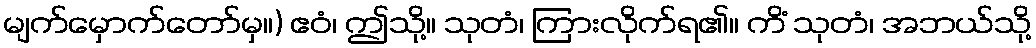
မျက်မှောက်တော်မှ။) ဧဝံ၊ ဤသို့။ သုတံ၊ ကြားလိုက်ရ၏။ ကိံ သုတံ၊ အဘယ်သို့